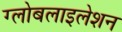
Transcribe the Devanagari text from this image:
ग्‍लोबलाइलेशन